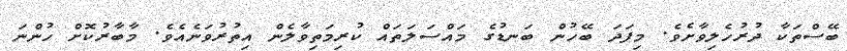
ބޭސްތަކާ ދުރުހެލިވާށެވެ. މިފަދަ ބޭހުން ބަނޑުގެ މައްސަލަތައް ކުރިމަތިވާލެން އިތުރުވަނެއެވެ. މާބާރުކޮށް ހުންނަ